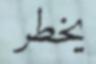
يخطر